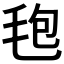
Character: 𣭚